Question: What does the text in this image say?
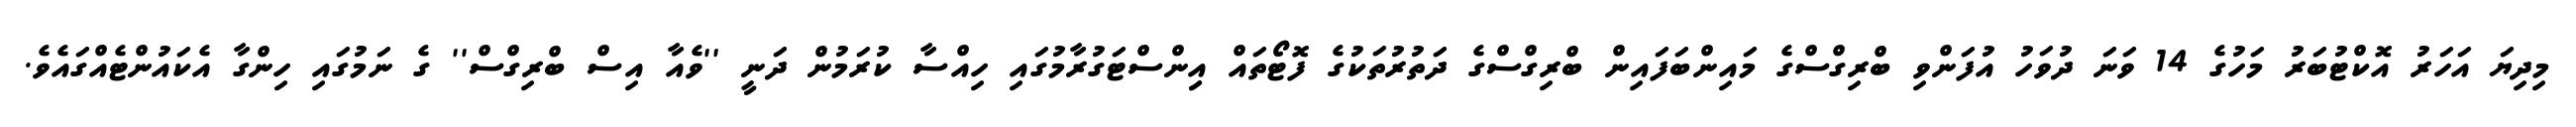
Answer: މިދިޔަ އަހަރު އޮކްޓުބަރު މަހުގެ 14 ވަނަ ދުވަހު އުފަންވި ބްރިގްސްގެ މައިންބަފައިން ބްރިގްސްގެ ދަތުރުތަކުގެ ފޮޓޯތައް އިިންސްޓަގުރާމުގައި ހިއްސާ ކުރަމުން ދަނީ ''ވެއާ އިސް ބްރިގްސް'' ގެ ނަމުގައި ހިންގާ އެކައުންޓެއްގައެވެ.